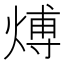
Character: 煿